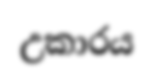
උකාරය